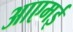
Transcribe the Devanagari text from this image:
आएमई